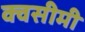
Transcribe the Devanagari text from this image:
क्वसीमी